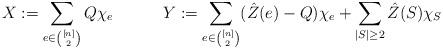
LaTeX: \begin{align*}X:=\sum_{e\in {[n]\choose 2}} Q \chi_e&&Y:=\sum_{e\in {[n]\choose 2}} (\hat Z(e)-Q)\chi_e+\sum_{|S|\ge 2} \hat Z(S) \chi_S\end{align*}